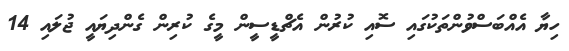
ހިޔާ އެއްބަސްވުންތަކުގައި ސޮއި ކުރުން އެޗްޑީސީން މީގެ ކުރިން ގެންދިޔައީ ޖުލައި 14